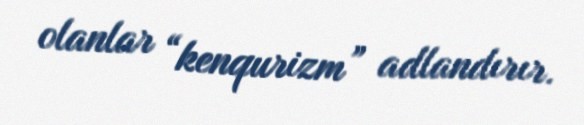
olanlar “kenqurizm” adlandırır.